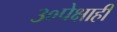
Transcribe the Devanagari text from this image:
३०पेक्षाही